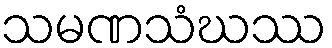
သမဏသံဃဿ